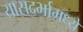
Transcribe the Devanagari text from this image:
यासदर्भामध्ये